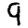
Digit: 9